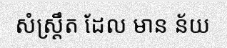
សំស្ត្រឹត ដែល មាន ន័យ